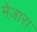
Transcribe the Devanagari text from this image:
मेज़ारा